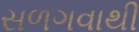
સળગવાથી